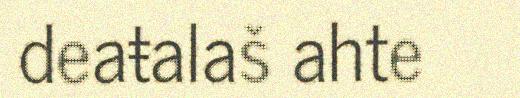
deaŧalaš ahte